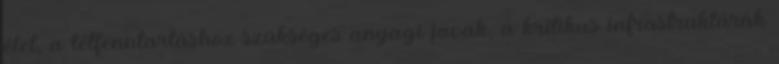
élet, a létfenntartáshoz szükséges anyagi javak, a kritikus infrastruktúrák